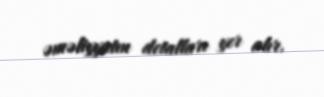
əməliyyatın detalları yer alır.